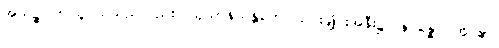
အယဉ္စ၊ ဤသူငယ်သည်လည်း။ သုသာနသန္တိကေ၊ သင်းချိုင်းအနီး၌။ နိပန္နော၊ အိပ်၏။